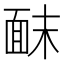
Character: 𫖀